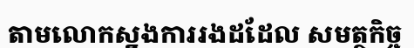
តាមលោកស្នងការរងដដែល សមត្ថកិច្ច